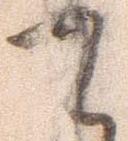
て